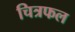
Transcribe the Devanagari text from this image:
चित्रफल